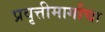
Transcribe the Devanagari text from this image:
प्रवृत्तीमार्गाचा